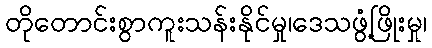
တိုတောင်းစွာကူးသန်းနိုင်မှု၊ဒေသဖွံ့ဖြိုးမှု၊